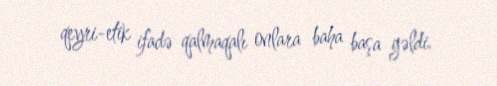
qeyri-etik ifadə qalmaqalı onlara baha başa gəldi.